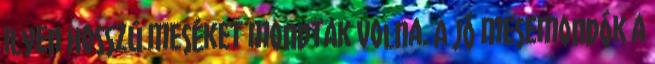
ilyen hosszú meséket mondtak volna. A jó mesemondók a